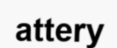
attery